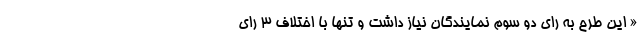
« این طرح به رای دو سوم نمایندگان نیاز داشت و تنها با اختلاف ۳ رای